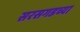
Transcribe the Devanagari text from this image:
सरसगडच्या